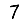
Digit: 7